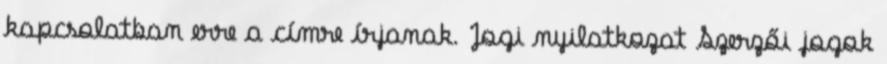
kapcsolatban erre a címre írjanak. Jogi nyilatkozat Szerzői jogok